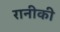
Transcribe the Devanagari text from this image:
रानीकी